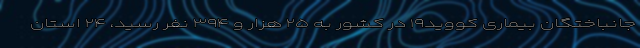
جانباختگان بیماری کووید۱۹ در کشور به ۲۵ هزار و ۳۹۴ نفر رسید، ۲۴ استان